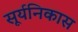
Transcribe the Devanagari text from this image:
सूर्यनिकास